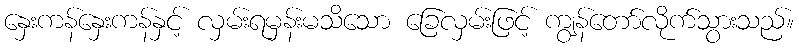
နှေးကန်နှေးကန်နှင့် လှမ်းရမှန်းမသိသော ခြေလှမ်းဖြင့် ကျွန်တော်လိုက်သွားသည်။